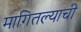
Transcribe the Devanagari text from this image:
मागितल्याची